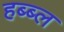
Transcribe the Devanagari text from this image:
हब्ब्ल